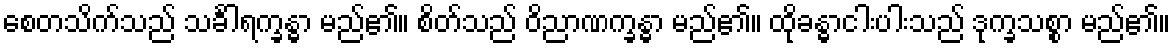
စေတသိက်သည် သင်္ခါရက္ခန္ဓာ မည်၏။ စိတ်သည် ဝိညာဏက္ခန္ဓာ မည်၏။ ထိုခန္ဓာငါးပါးသည် ဒုက္ခသစ္စာ မည်၏။